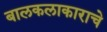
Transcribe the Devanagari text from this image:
बालकलाकाराचे